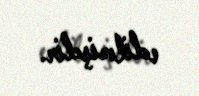
edilmişdir.